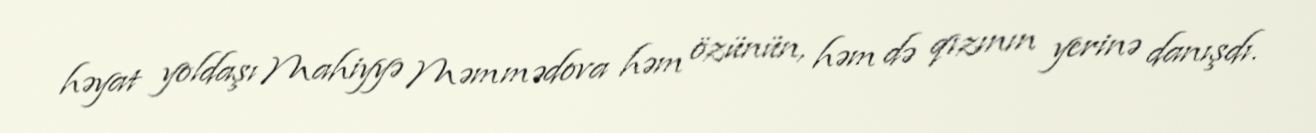
həyat yoldaşı Mahiyyə Məmmədova həm özünün, həm də qızının yerinə danışdı.